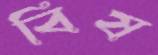
বিষ